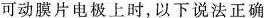
可动膜片电极上时，以下说法正确